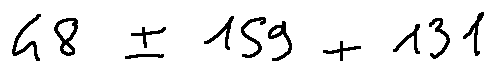
4 8 \pm 1 5 9 + 1 3 1